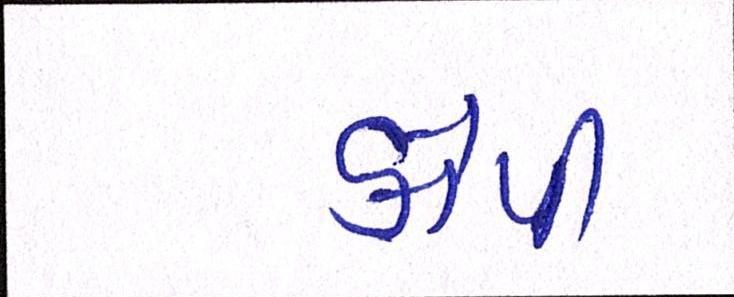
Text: કોપી